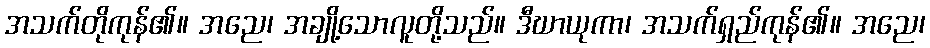
အသက်တိုကုန်၏။ အညေ၊ အချို့သောလူတို့သည်။ ဒီဃာယုကာ၊ အသက်ရှည်ကုန်၏။ အညေ၊